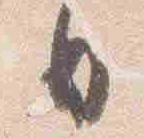
日